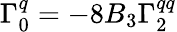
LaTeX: \Gamma_{0}^{q}=-8B_{3}\Gamma_{2}^{qq}